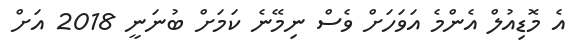
އެ މޮޑިއުލް އެންމެ އަވަހަށް ވެސް ނިމޭނެ ކަމަށް ބުނަނީ 2018 އަށް